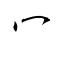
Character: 冖